Report of the veterinary officer investigating camel disease
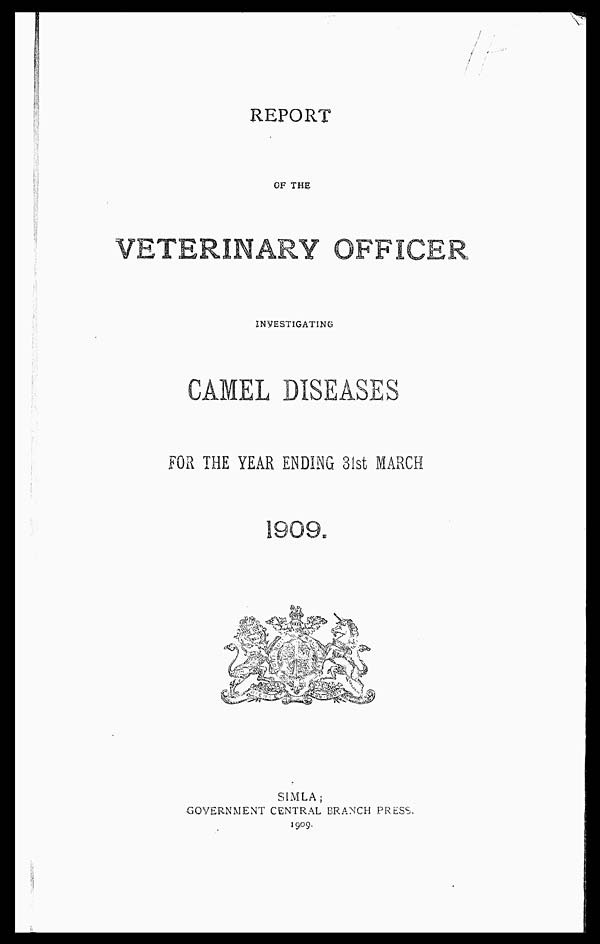
REPORT
OF THE
VETERINARY OFFICER
INVESTIGATING
CAMEL DISEASES
FOR THE YEAR ENDING 31st MARCH
1909.
SIMLA;
GOVERNMENT CENTRAL BRANCH PRESS.
1909.